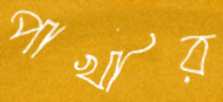
পাখীর